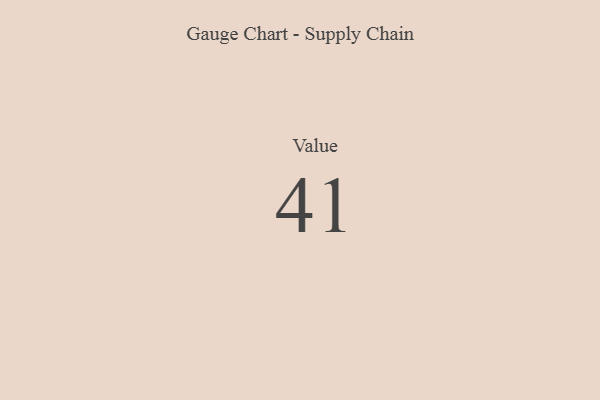
{"axis": {"x": "Metric", "y": "Value"}, "legend": [""], "data": [{"x": "Value", "y": 41, "type": ""}]}